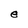
Character: e